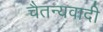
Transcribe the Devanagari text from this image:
चैतन्यवादी